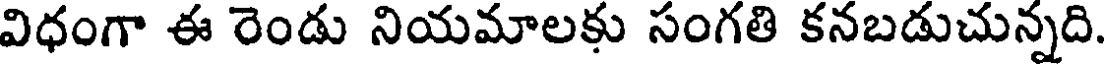
విధంగా ఈ రెండు నియమాలకు సంగతి కనబడుచున్నది